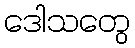
ဒေါသတွေ